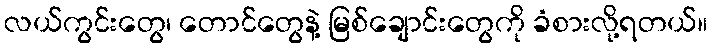
လယ်ကွင်းတွေ၊ တောင်တွေနဲ့ မြစ်ချောင်းတွေကို ခံစားလို့ရတယ်။